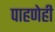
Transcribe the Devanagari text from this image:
पाहणेही